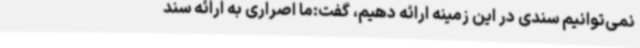
نمی‌توانیم سندی در این زمینه ارائه دهیم،‌ گفت:ما اصراری به ارائه سند